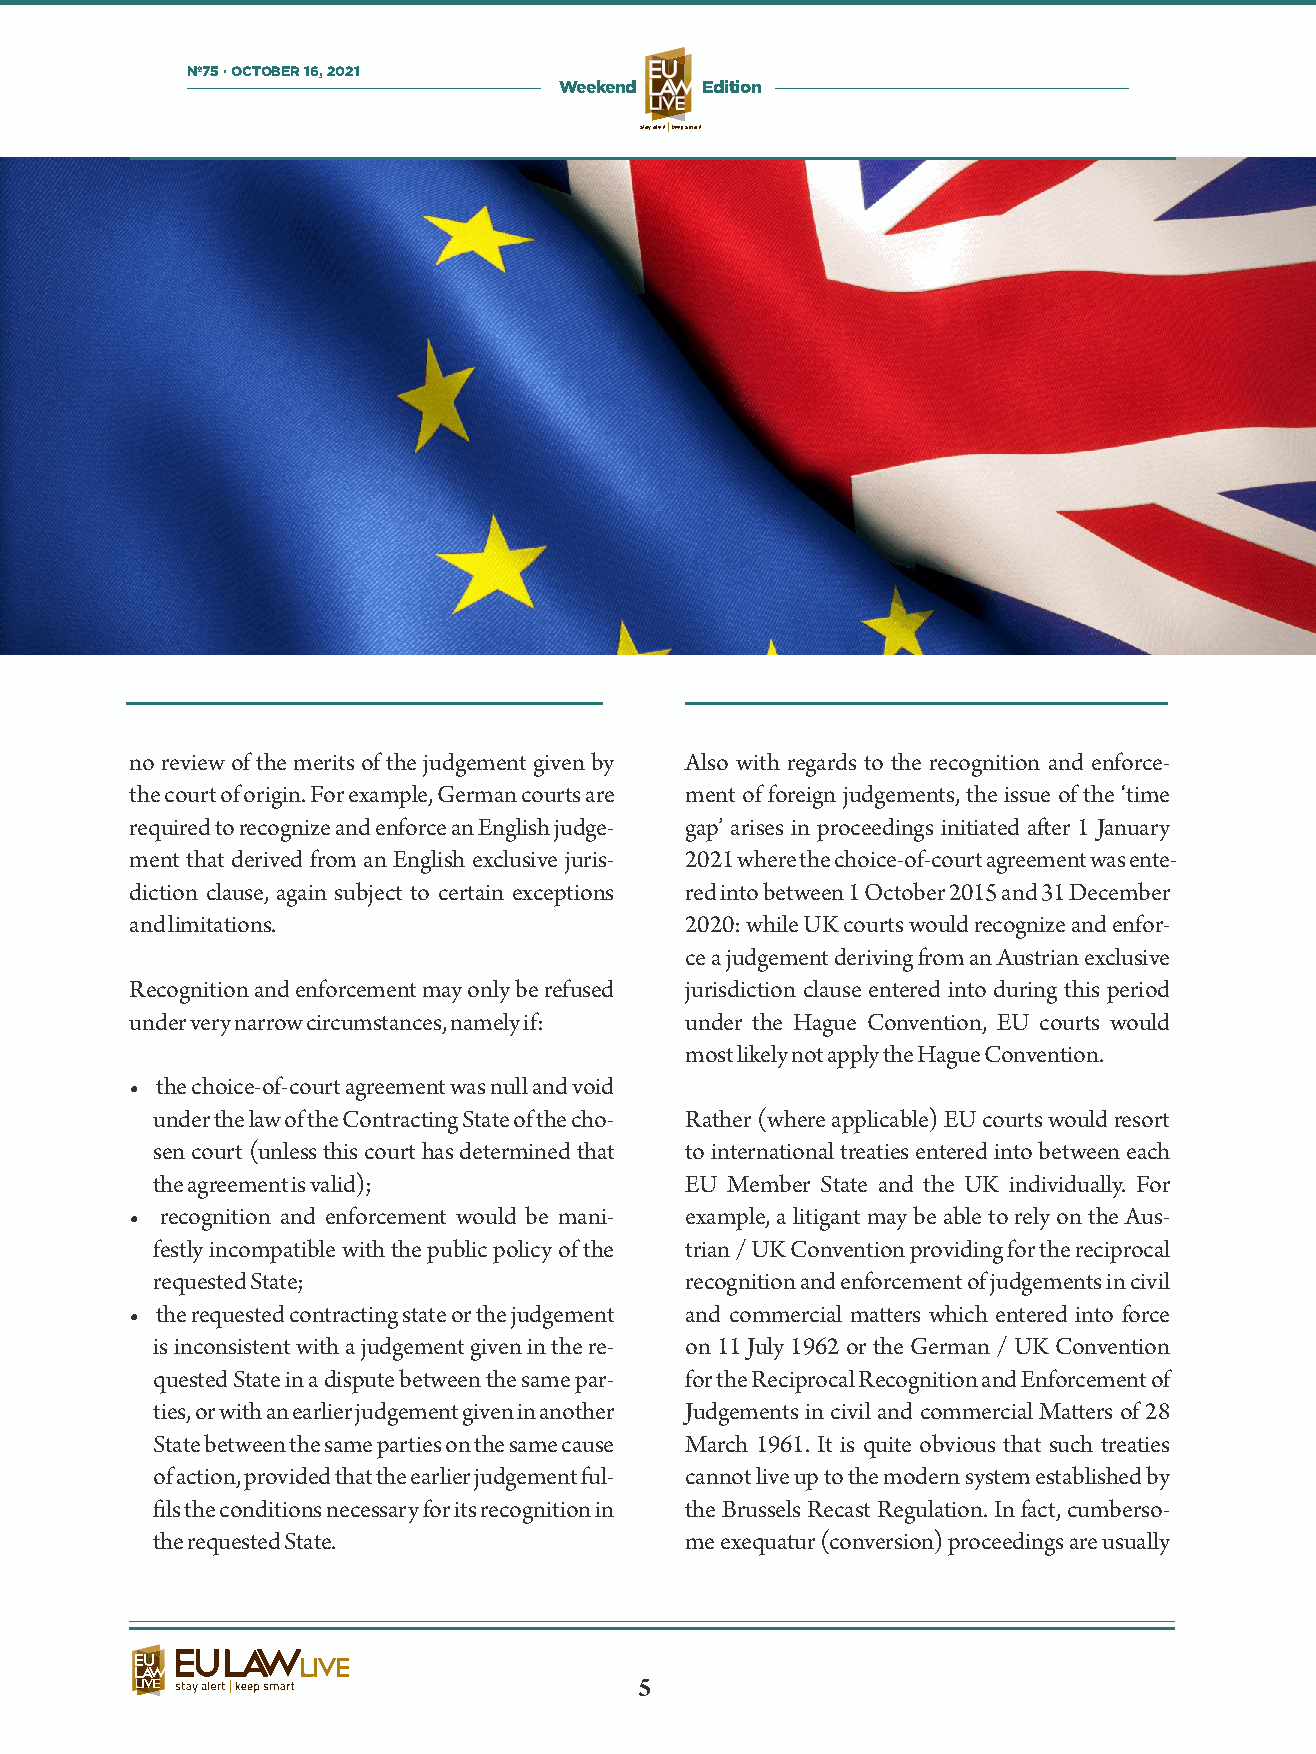
Nº75 · OCTOBER 16, 2021
 Weekend  Edition
 stay alertkeep smart
 no review of the merits of the judgement given by Also with regards to the recognition and enforce-
 the court of origin. For example, German courts are ment of foreign judgements, the issue of the ‘time
 required to recognize and enforce an English judge- gap’ arises in proceedings initiated aer 1 January
 ment that derived from an English exclusive juris- 2021 where the choice-of-court agreement was ente-
 diction clause, again subject to certain exceptions red into between 1 October 2015 and 31 December
 and limitations.                    2020: while UK courts would recognize and enfor-
 ce a judgement deriving from an Austrian exclusive
 Recognition and enforcement may only be refused jurisdiction clause entered into during this period
 under very narrow circumstances, namely if: under the Hague Convention, EU courts would
 most likely not apply the Hague Convention.
 • the choice-of-court agreement was null and void
 under the law of the Contracting State of the cho- Rather (where applicable) EU courts would resort
 sen court (unless this court has determined that to international treaties entered into between each
 the agreement is valid);           EU Member State and the UK individually. For
 • recognition and enforcement would be mani- example, a litigant may be able to rely on the Aus-
 festly incompatible with the public policy of the trian / UK Convention providing for the reciprocal
 requested State;                   recognition and enforcement of judgements in civil
 • the requested contracting state or the judgement and commercial maers which entered into force
 is inconsistent with a judgement given in the re- on 11 July 1962 or the German / UK Convention
 quested State in a dispute between the same par- for the Reciprocal Recognition and Enforcement of
 ties, or with an earlier judgement given in another Judgements in civil and commercial Maers of 28
 State between the same parties on the same cause March 1961. It is quite obvious that such treaties
 of action, provided that the earlier judgement ful- cannot live up to the modern system established by
 ls the conditions necessary for its recognition in the Brussels Recast Regulation. In fact, cumberso-
 the requested State.               me exequatur (conversion) proceedings are usually
 5